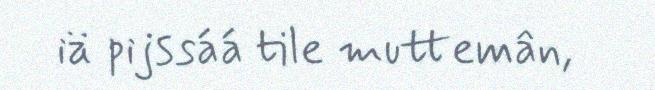
iä pijssáá tile muttemân,